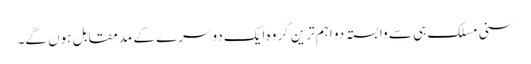
سنی مسلک ہی سے وابستہ دو اہم ترین گروہ ایک دوسرے کے مدمقابل ہوں گے۔